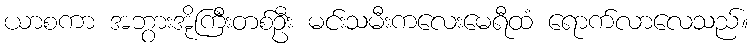
ယာစကာ အဘွားအိုကြီးတစ်ဦး မင်းသမီးကလေးမေရီထံ ရောက်လာလေသည်။